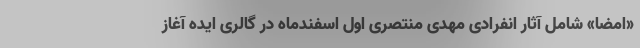
«امضا» شامل آثار انفرادی مهدی منتصری اول اسفندماه در گالری ایده آغاز